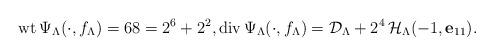
LaTeX: \begin{align*}{\rm wt}\,\Psi_{\Lambda}(\cdot,f_{\Lambda})=68=2^{6}+2^{2},{\rm div}\,\Psi_{\Lambda}(\cdot,f_{\Lambda})={\mathcal D}_{\Lambda}+2^{4}\,{\mathcal H}_{\Lambda}(-1,{\bf e}_{11}).\end{align*}